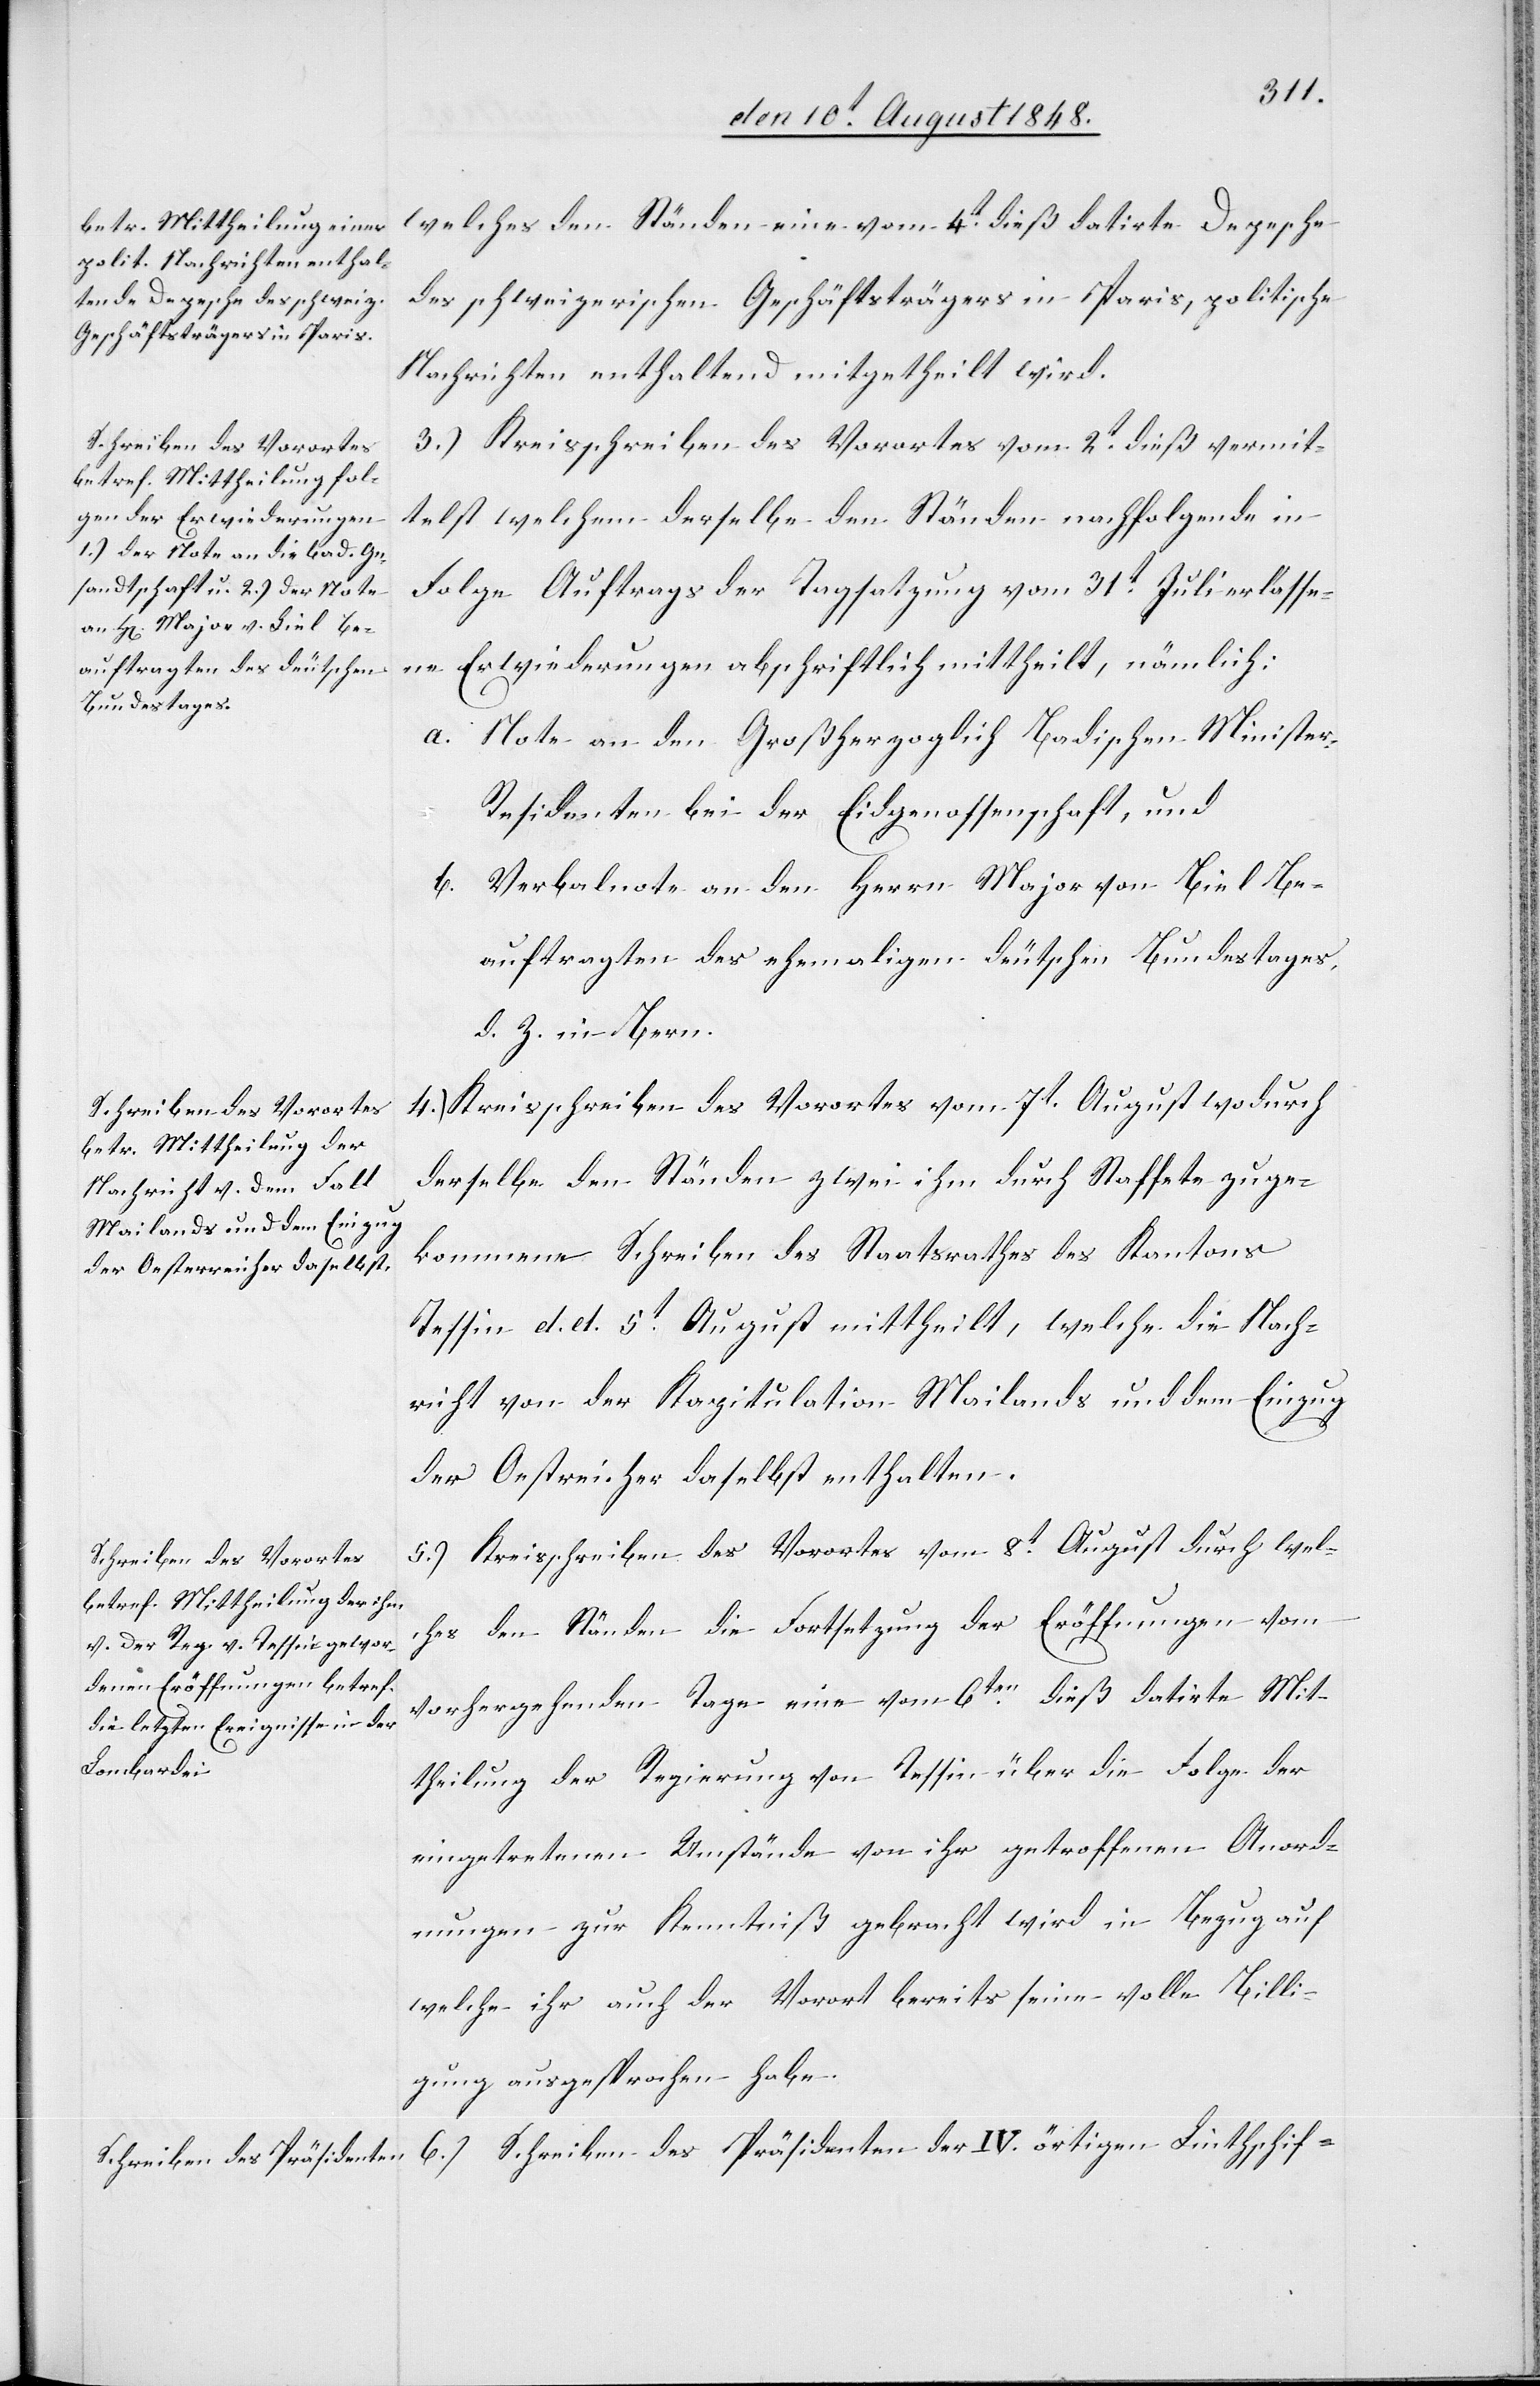
welches den Ständen eine vom 4t dieß datirte Depesche
des schweizerischen Geschäftsträgers in Paris, politische
Nachrichten enthaltend mitgetheilt wird.
3.) Kreisschreiben des Vorortes vom 2t dieß vermit¬
telst welchem derselbe den Ständen nachfolgende in
Folge Auftrags der Tagsatzung vom 31t Juli erlasse¬
ne Erwiederungen abschriftlich mittheilt, nämlich:
a. Note an den Großherzoglich Badischen Ministe¬
r-Residenten bei der Eidgenossenschaft, und
b. Verbalnote an den Herrn Major von Biel Be¬
auftragten des ehemaligen deutschen Bundestages,
d. Z. in Bern.
4.) Kreisschreiben des Vorortes vom 7t. August wodurch
derselbe den Ständen zwei ihm durch Staffete zuge¬
kommene Schreiben des Staatsrathes des Kantons
Tessin d. d. 5t August mittheilt, welche die Nach¬
richt von der Kapitulation Mailands und dem Einzug
der Oestreicher daselbst enthalten.
5.) Kreisschreiben des Vorortes vom 8t August durch wel¬
ches den Ständen die Fortsetzung der Eröffnungen vom
vorhergehenden Tage eine vom 6ten dieß datirte Mit¬
theilung der Regierung von Tessin über die Folge der
eingetretenen Umstände von ihr getroffenen Anord¬
nungen zur Kenntniß gebracht wird in Bezug auf
welche ihr auch der Vorort bereits seine volle Billi¬
gung ausgesprochen habe.
6.) Schreiben des Präsidenten der IV. örtigen Linthschif-